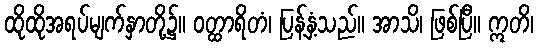
ထိုထိုအရပ်မျက်နှာတို့၌။ ဝတ္ထာရိတံ၊ ပြန့်နှံ့သည်။ အာသိ၊ ဖြစ်ပြီ။ ဣတိ၊